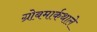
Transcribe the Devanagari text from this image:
ग्रोबमार्कथाले